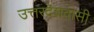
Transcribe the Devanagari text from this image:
उत्तरदेशवासी